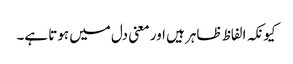
کیونکہ الفاظ ظاہر ہیں اور معنی دل میں ہوتا ہے۔